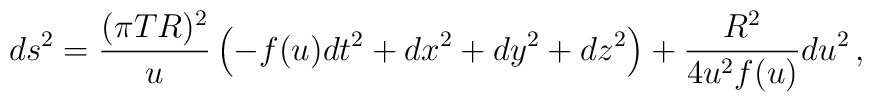
ds^2 =   \frac{(\pi T R)^2}u\left( -f(u) dt^2 + dx^2 + dy^2 +dz^2 \right)  +{R^2\over 4 u^2 f(u)} du^2\,,